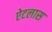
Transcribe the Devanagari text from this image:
ऐटलास